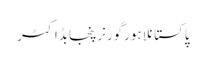
پاکستانلاہورگورنرپنجابڈاکٹر